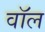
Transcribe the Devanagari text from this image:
वाॅल